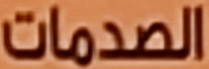
الصدمات